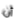
أن